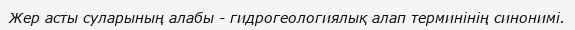
Жер асты суларының алабы - гидрогеологиялық алап терминінің синонимі.